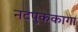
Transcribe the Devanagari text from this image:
नटपुककागा